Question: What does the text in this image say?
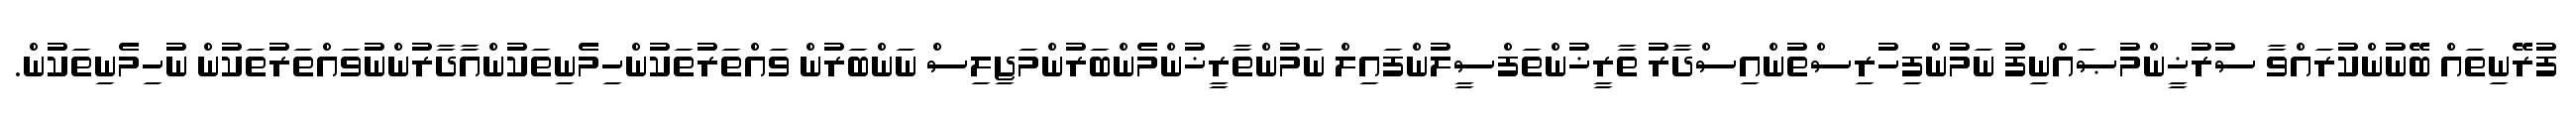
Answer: ފުރޭނިތައް ބޭނުންކުރައްވާ ސުރުޚީންމުޞައްނިފު ނަމުންފިހުރިސްތުންއިސްދާރު ތާރީޚުންތަފްސީލުންފައިލް ނަމުންތާރީޚުންމެންބަރުންމަޖިލިސް ނަންބަރުން ވައްތަރުތަކުންހިމެނިތަކުންއާދާރުންނުވައްތަރުތަކުން ނުހިމެނިތަކުން.